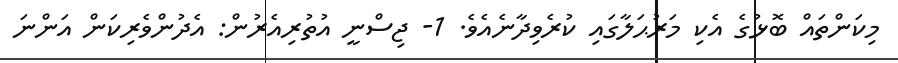
މިކަންތައް ބޮޅުގެ އެކި މަރުޙަލާގައި ކުރެވިދާނެއެވެ. 1- ޖިސްނީ އުތުރިއެރުން: އެދުންވެރިކަން އަންނަ